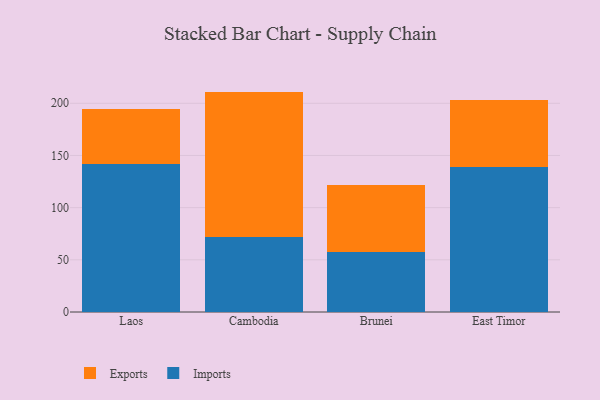
{"axis": {"x": "Country", "y": "Demand Index"}, "legend": ["Exports", "Imports"], "data": [{"x": "Laos", "y": 141.6, "type": "Imports"}, {"x": "Laos", "y": 53.2, "type": "Exports"}, {"x": "Cambodia", "y": 71.7, "type": "Imports"}, {"x": "Cambodia", "y": 139.5, "type": "Exports"}, {"x": "Brunei", "y": 57.9, "type": "Imports"}, {"x": "Brunei", "y": 64.0, "type": "Exports"}, {"x": "East Timor", "y": 139.1, "type": "Imports"}, {"x": "East Timor", "y": 64.1, "type": "Exports"}]}